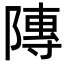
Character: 䧠